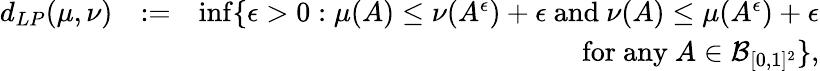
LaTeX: \begin{array}{rlr}{d_{LP}(\mu,\nu)}&{:=}&{\operatorname*{inf}\{ \epsilon>0:\mu(A)\leq\nu(A^{\epsilon})+\epsilon\mathrm{~and~}\nu(A)\leq\mu(A^{\epsilon})+\epsilon}\\ &{}&{\quad\quad\mathrm{~for~any~}A\in\mathcal{B}_{[0,1]^{2}}\} ,}\end{array}